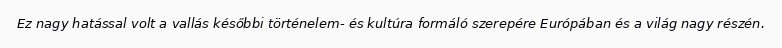
Ez nagy hatással volt a vallás későbbi történelem- és kultúra formáló szerepére Európában és a világ nagy részén.